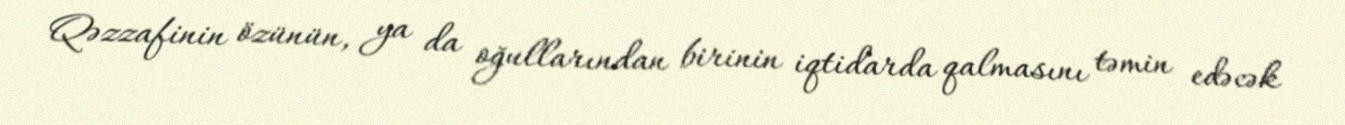
Qəzzafinin özünün, ya da oğullarından birinin iqtidarda qalmasını təmin edəcək